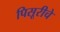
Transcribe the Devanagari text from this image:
पिसूरीचे